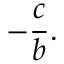
- { \frac { c } { b } } .